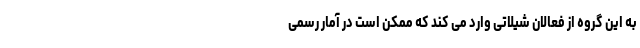
به این گروه از فعالان شیلاتی وارد می کند که ممکن است در آمار رسمی